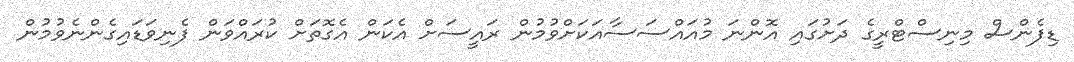
ޑިފެންސް މިނިސްޓްރީގެ ދަށުގައި އޮންނަ މުއައްސަސާއަކަށްވުމުން ރައީސަށް އެކަން އެގޮތަށް ކުރައްވަން ފެނިވަޑައިގެންނެވުމުން